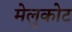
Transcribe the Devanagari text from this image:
मेलुकोट